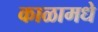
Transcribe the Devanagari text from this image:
काळामधे